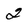
Character: 2